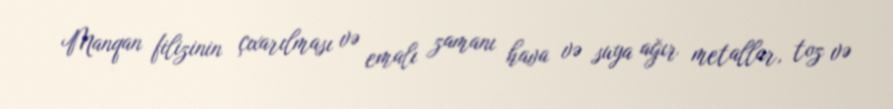
Manqan filizinin çıxarılması və emalı zamanı hava və suya ağır metallar, toz və